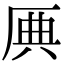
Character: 𠩷